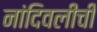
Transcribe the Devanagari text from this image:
नांदिवलीची